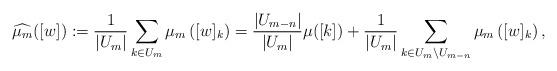
LaTeX: \begin{align*}\widehat{\mu_m}([w]):=\frac{1}{\left|U_m\right|}\sum_{k\in U_m} \mu_m\left([w]_k\right)= \frac{\left| U_{m-n}\right|}{\left|{U_m}\right|} \mu([k])+\frac{1}{\left|{U_m}\right|}\sum\limits_{k\in U_m\backslash U_{m-n}} \mu_m\left([w]_k\right),\end{align*}